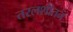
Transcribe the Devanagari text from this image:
तरलशीतन